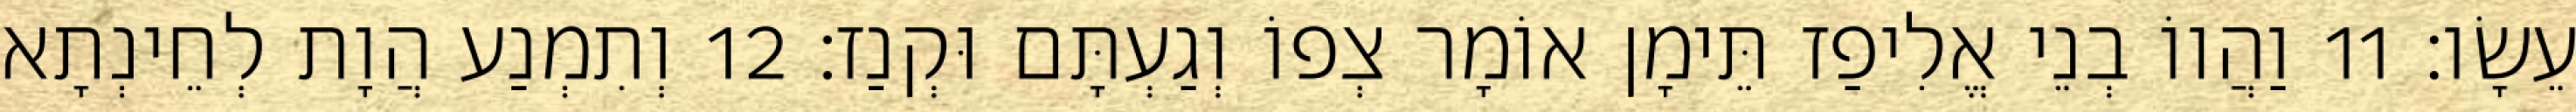
עֵשָׂו׃ 11 וַהֲווֹ בְנֵי אֱלִיפַז תֵּימָן אוֹמָר צְפוֹ וְגַעְתָּם וּקְנַז׃ 12 וְתִמְנַע הֲוָת לְחֵינְתָא